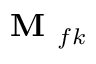
\textbf { M } _ { f k }